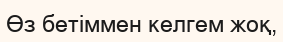
Өз бетіммен келгем жоқ,